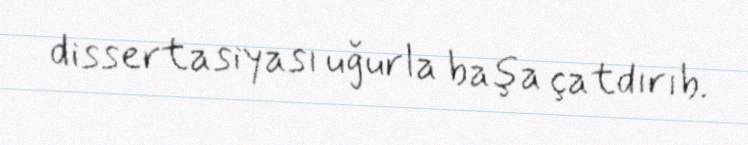
dissertasiyası uğurla başa çatdırıb.